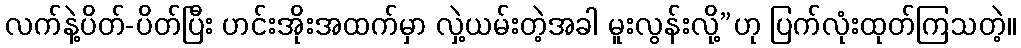
လက်နဲ့ပိတ်-ပိတ်ပြီး ဟင်းအိုးအထက်မှာ လှဲ့ယမ်းတဲ့အခါ မူးလွန်းလို့”ဟု ပြက်လုံးထုတ်ကြသတဲ့။